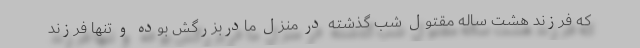
که فرزند هشت ساله مقتول شب گذشته در منزل مادربزرگش بوده و تنها فرزند